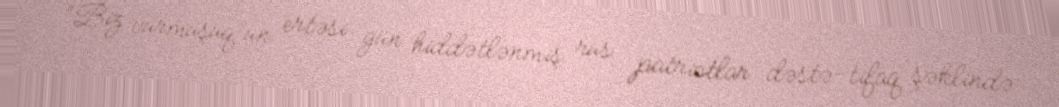
“Biz vurmuşuq”un ertəsi gün hiddətlənmiş rus patriotlar dəstə-tifaq şəklində